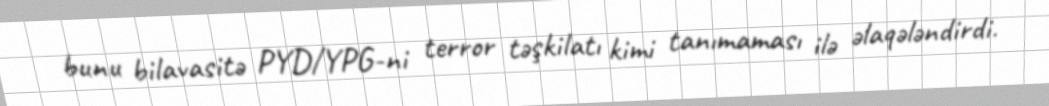
bunu bilavasitə PYD/YPG-ni terror təşkilatı kimi tanımaması ilə əlaqələndirdi.